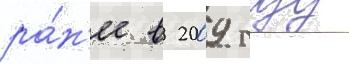
ра́н'ее в 2009 году